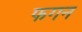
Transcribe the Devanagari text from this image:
फगन